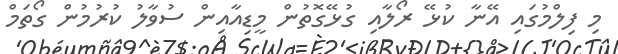
މި ފިލްމުގައި އޭނާ ކުޅޭ ރޯލާއި ގުޅޭގޮތުން މީޑިއާއިން ސުވާލު ކުރުމުން ގޯތަމް